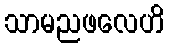
သာမညဖလေဟိ